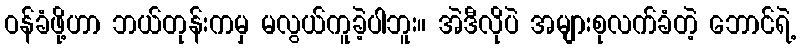
ဝန်ခံဖို့ဟာ ဘယ်တုန်းကမှ မလွယ်ကူခဲ့ပါဘူး။ အဲဒီလိုပဲ အများစုလက်ခံတဲ့ ဘောင်ရဲ့